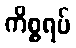
ကိစ္စရပ်